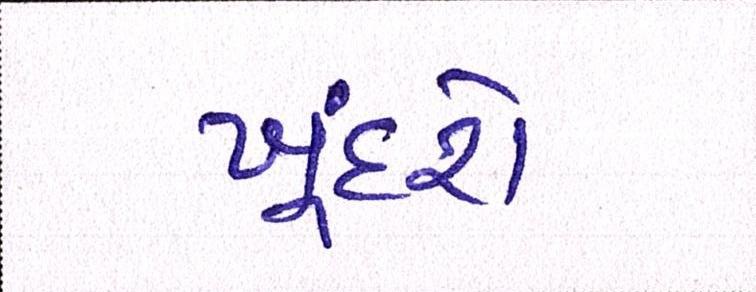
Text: ખૂંદશે